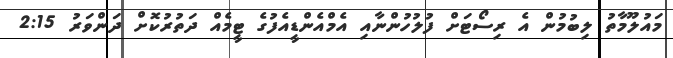
މައުލޫމާތު ލިބުމުން އެ ރިސޯޓަށް ފުލުހުންނާއި އެމްއެންޑީއެފުގެ ޓީމެއް ދަތުރުކޮށް ދަންވަރު 2:15